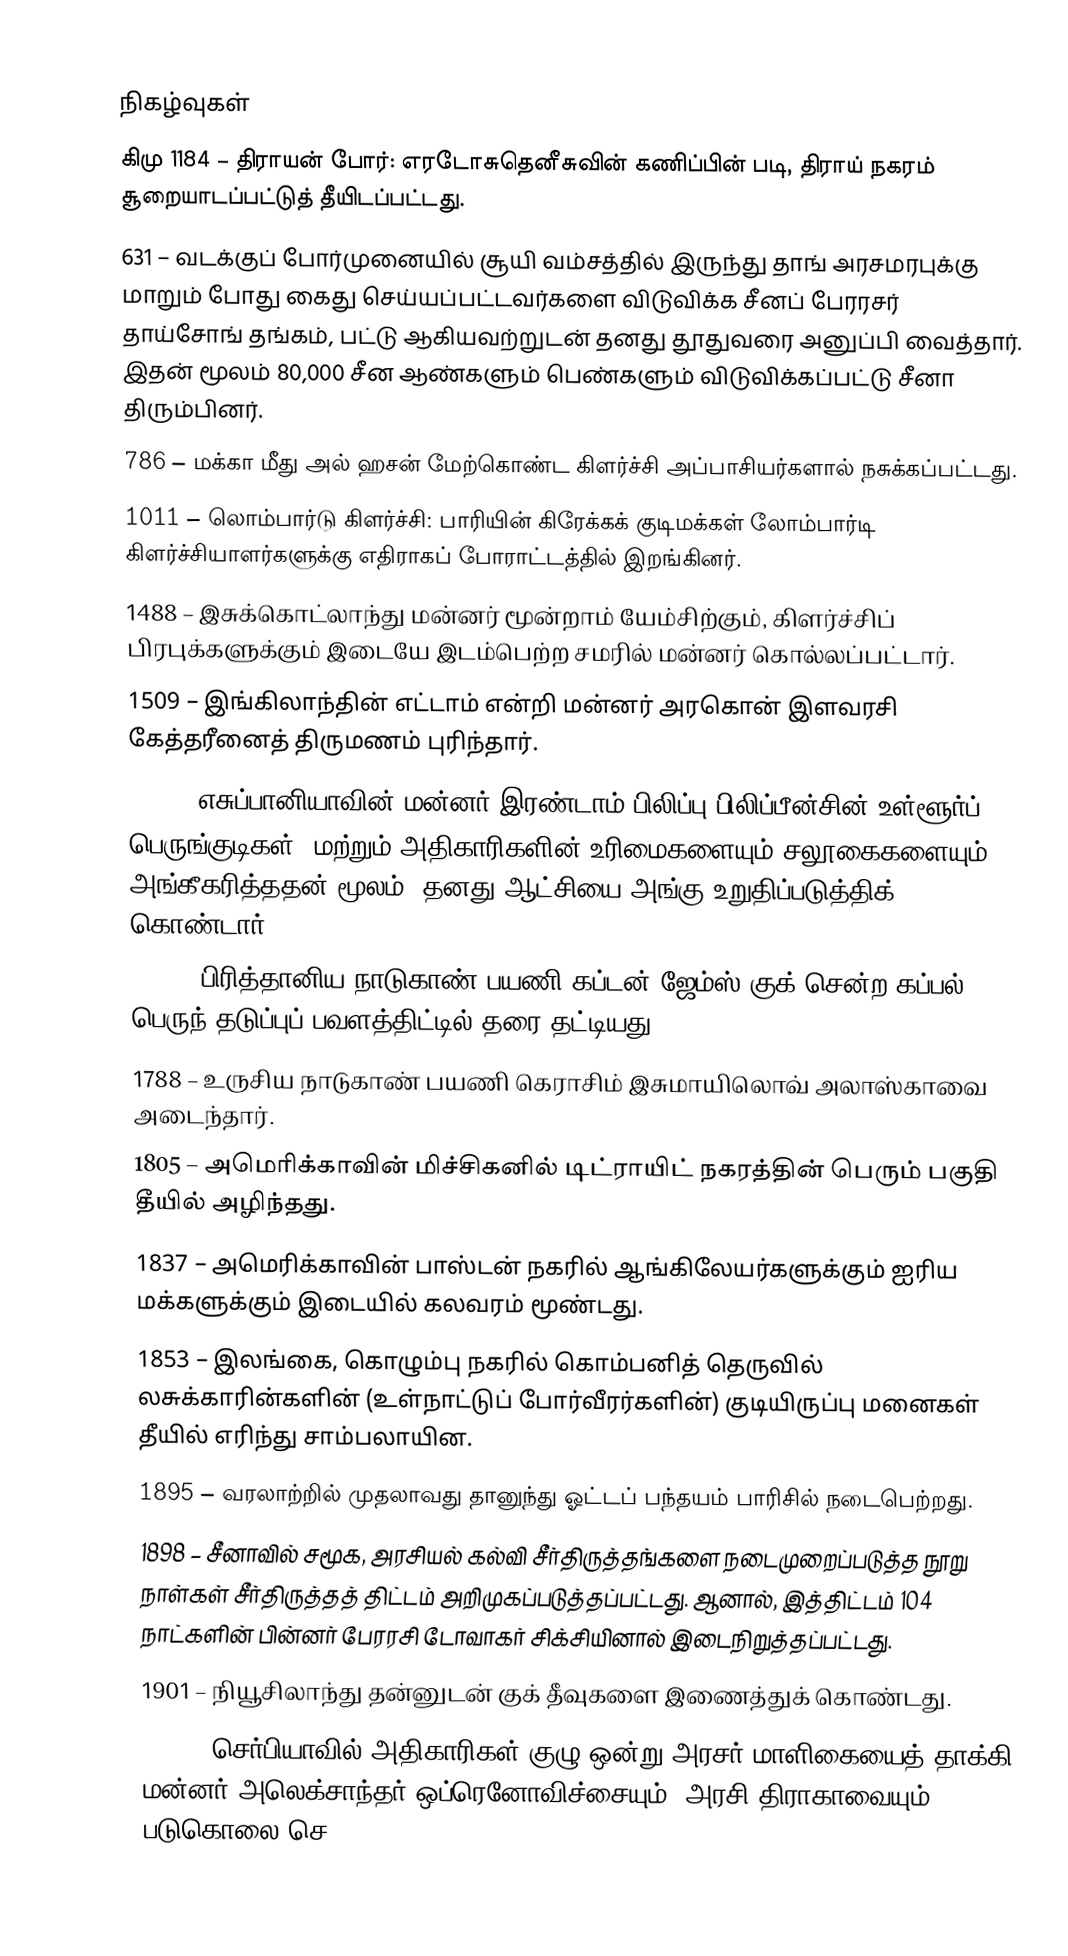

நிகழ்வுகள்
கிமு 1184 – திராயன் போர்: எரடோசுதெனீசுவின் கணிப்பின் படி, திராய் நகரம் சூறையாடப்பட்டுத் தீயிடப்பட்டது.
631 – வடக்குப் போர்முனையில் சூயி வம்சத்தில் இருந்து தாங் அரசமரபுக்கு மாறும் போது கைது செய்யப்பட்டவர்களை விடுவிக்க சீனப் பேரரசர் தாய்சோங் தங்கம், பட்டு ஆகியவற்றுடன் தனது தூதுவரை அனுப்பி வைத்தார். இதன் மூலம் 80,000 சீன ஆண்களும் பெண்களும் விடுவிக்கப்பட்டு சீனா திரும்பினர்.
786 – மக்கா மீது அல் ஹசன் மேற்கொண்ட கிளர்ச்சி அப்பாசியர்களால் நசுக்கப்பட்டது.
1011 – லொம்பார்டு கிளர்ச்சி: பாரியின் கிரேக்கக் குடிமக்கள் லோம்பார்டி கிளர்ச்சியாளர்களுக்கு எதிராகப் போராட்டத்தில் இறங்கினர்.
1488 – இசுக்கொட்லாந்து மன்னர் மூன்றாம் யேம்சிற்கும், கிளர்ச்சிப் பிரபுக்களுக்கும் இடையே இடம்பெற்ற சமரில் மன்னர் கொல்லப்பட்டார்.
1509 – இங்கிலாந்தின் எட்டாம் என்றி  மன்னர் அரகொன் இளவரசி கேத்தரீனைத் திருமணம் புரிந்தார்.
1594 – எசுப்பானியாவின் மன்னர் இரண்டாம் பிலிப்பு பிலிப்பீன்சின் உள்ளூர்ப் பெருங்குடிகள், மற்றும் அதிகாரிகளின் உரிமைகளையும் சலூகைகளையும் அங்கீகரித்ததன் மூலம், தனது ஆட்சியை அங்கு உறுதிப்படுத்திக் கொண்டார்.
1770 – பிரித்தானிய நாடுகாண் பயணி கப்டன் ஜேம்ஸ் குக் சென்ற கப்பல் பெருந் தடுப்புப் பவளத்திட்டில் தரை தட்டியது.
1788 – உருசிய நாடுகாண் பயணி கெராசிம் இசுமாயிலொவ் அலாஸ்காவை அடைந்தார்.
1805 – அமெரிக்காவின் மிச்சிகனில் டிட்ராயிட் நகரத்தின் பெரும் பகுதி தீயில் அழிந்தது.
1837 – அமெரிக்காவின் பாஸ்டன் நகரில் ஆங்கிலேயர்களுக்கும் ஐரிய மக்களுக்கும் இடையில் கலவரம் மூண்டது.
1853 – இலங்கை, கொழும்பு நகரில் கொம்பனித் தெருவில் லசுக்காரின்களின் (உள்நாட்டுப் போர்வீரர்களின்) குடியிருப்பு மனைகள் தீயில் எரிந்து சாம்பலாயின.
1895 – வரலாற்றில் முதலாவது தானுந்து ஓட்டப் பந்தயம் பாரிசில் நடைபெற்றது.
1898 – சீனாவில் சமூக, அரசியல் கல்வி சீர்திருத்தங்களை நடைமுறைப்படுத்த நூறு நாள்கள் சீர்திருத்தத் திட்டம் அறிமுகப்படுத்தப்பட்டது. ஆனால், இத்திட்டம் 104 நாட்களின் பின்னர் பேரரசி டோவாகர் சிக்சியினால் இடைநிறுத்தப்பட்டது.
1901 – நியூசிலாந்து தன்னுடன் குக் தீவுகளை இணைத்துக் கொண்டது.
1903 – செர்பியாவில் அதிகாரிகள் குழு ஒன்று அரசர் மாளிகையைத் தாக்கி மன்னர் அலெக்சாந்தர் ஒப்ரெனோவிச்சையும், அரசி திராகாவையும் படுகொலை செ